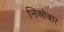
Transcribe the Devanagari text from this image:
निओबार